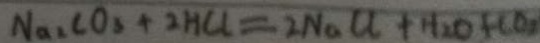
N a _ { 3 } C O _ { 3 } + 2 H C l = 2 N a C O + H _ { 2 } O + C O _ { 2 }